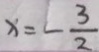
x = - \frac { 3 } { 2 }